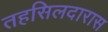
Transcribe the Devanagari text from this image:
तहसिलदारास